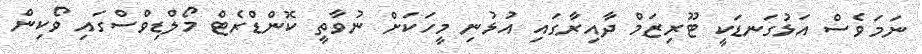
ނަމަވެސް އަޅުގަނޑަކީ ޓޫރިޒަމް ދާއިރާގައި އުޅުނި މީހަކަށް ނުވާތީ ކޮންޑްރެޓް މޯލްޑިވްސްގައި ވޯކިން